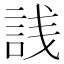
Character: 𬢣